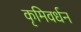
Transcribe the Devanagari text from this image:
कृमिवर्धन